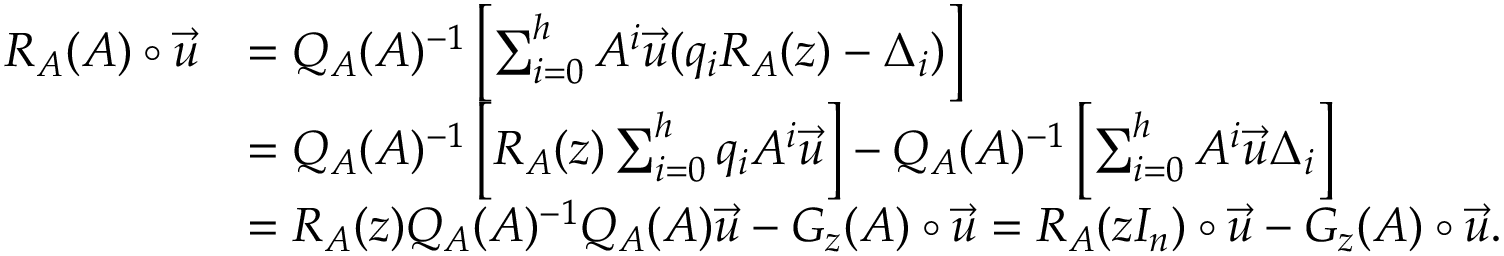
\begin{array} { r l } { R _ { A } ( A ) \circ \vec { u } } & { = Q _ { A } ( A ) ^ { - 1 } \left[ \sum _ { i = 0 } ^ { h } A ^ { i } \vec { u } ( q _ { i } R _ { A } ( z ) - \Delta _ { i } ) \right] } \\ & { = Q _ { A } ( A ) ^ { - 1 } \left[ R _ { A } ( z ) \sum _ { i = 0 } ^ { h } q _ { i } A ^ { i } \vec { u } \right] - Q _ { A } ( A ) ^ { - 1 } \left[ \sum _ { i = 0 } ^ { h } A ^ { i } \vec { u } \Delta _ { i } \right] } \\ & { = R _ { A } ( z ) Q _ { A } ( A ) ^ { - 1 } Q _ { A } ( A ) \vec { u } - G _ { z } ( A ) \circ \vec { u } = R _ { A } ( z I _ { n } ) \circ \vec { u } - G _ { z } ( A ) \circ \vec { u } . } \end{array}